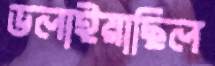
ডলাইয়াছিল